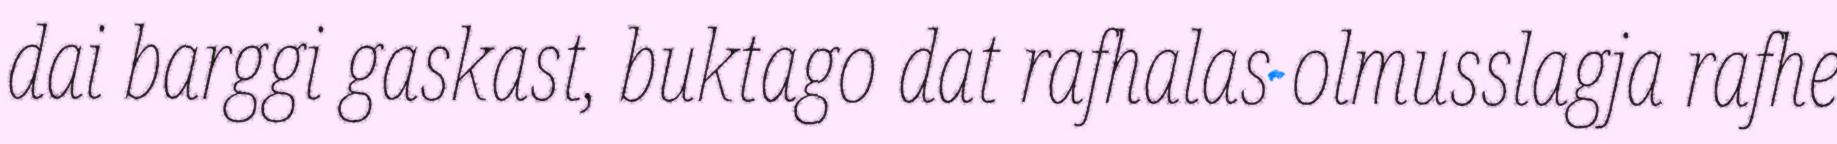
dai barggi gaskast, buktago dat rafhalas olmusslagja rafhe